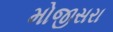
મોજીસરા